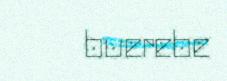
buerebe